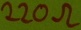
Text: 220Ω